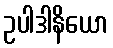
ဥပါဒါနိယော